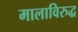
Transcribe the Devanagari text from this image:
मालाविरुद्ध